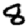
Digit: 8